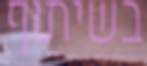
בשיתוף